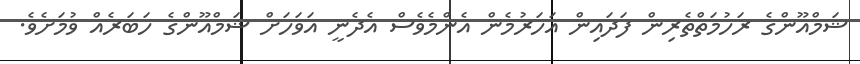
ޝަމްއޫންގެ ރަހުމަތްތެރިން ފަދައިން އަހަރުމެން އެންމެވެސް އެދެނީ އަވަހަށް ޝަމްއޫންގެ ހަބަރެއް ވުމަށެވެ.